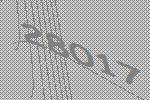
28017